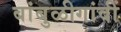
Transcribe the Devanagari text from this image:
बांबुळीगांवीं